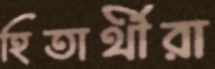
হিতার্থীরা